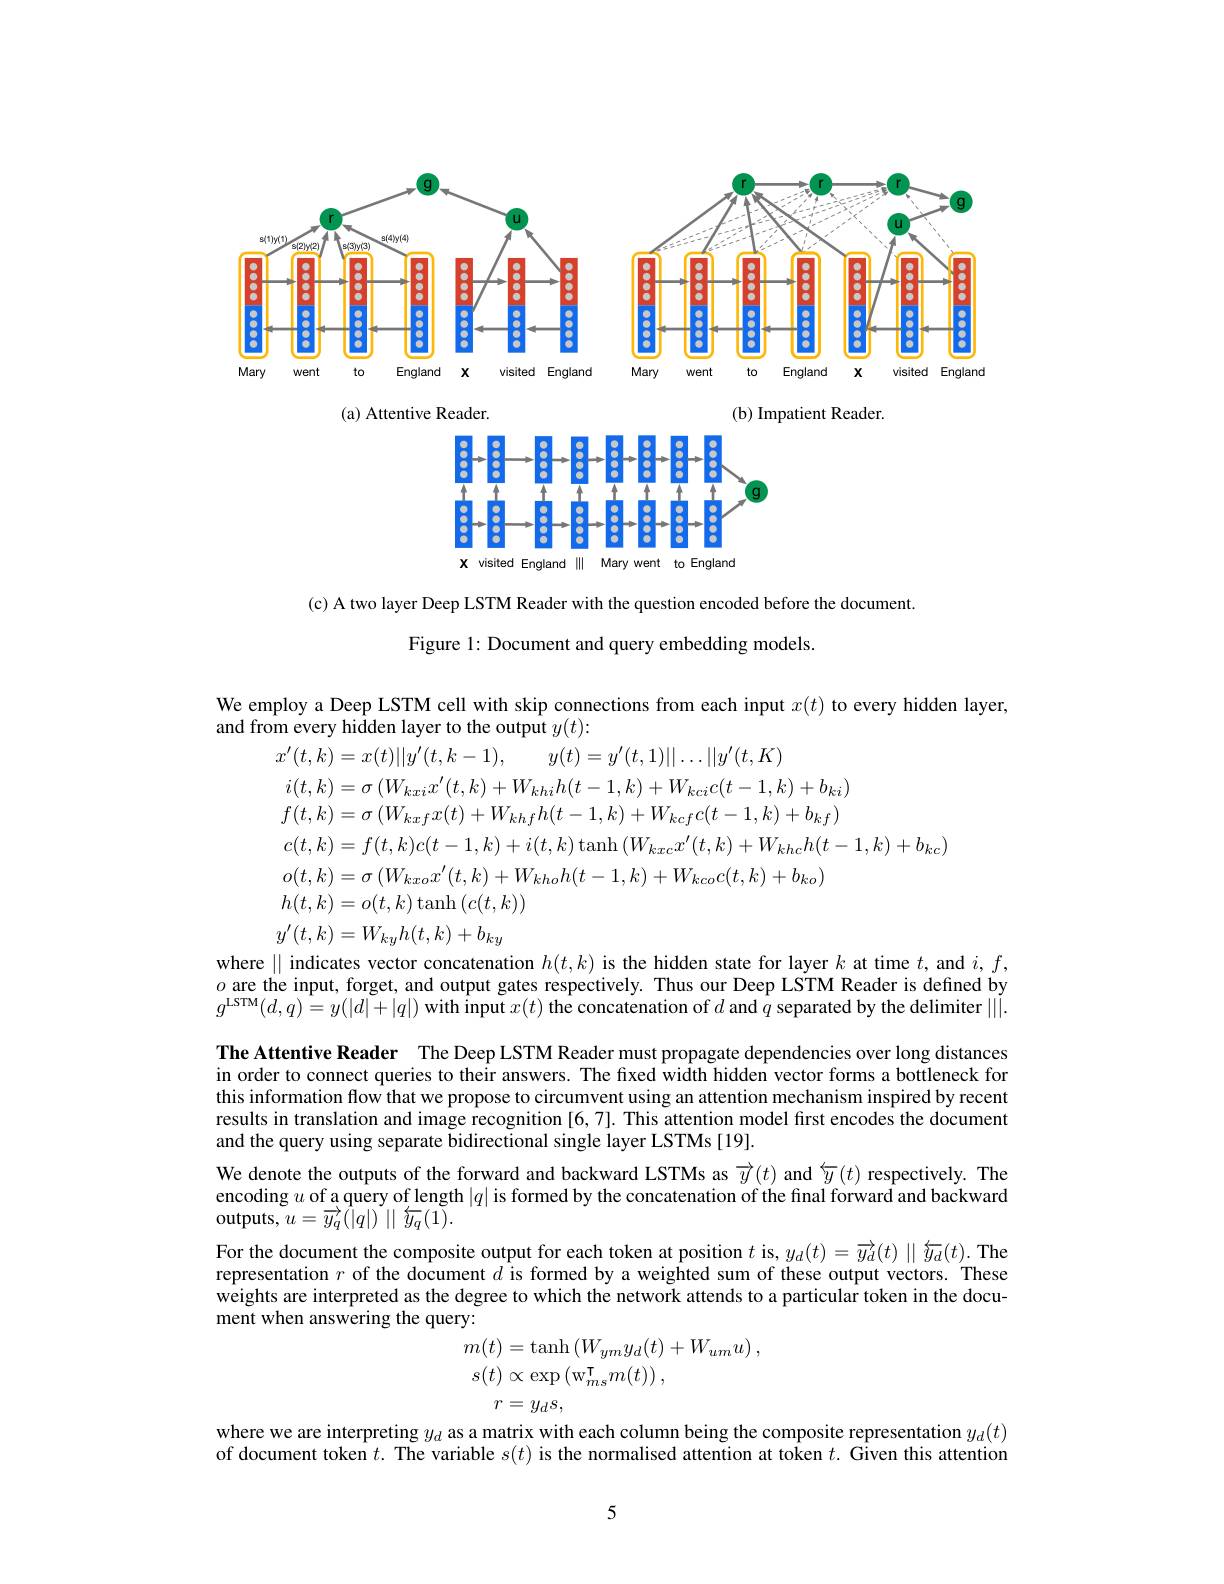
<FigureHere>

(a) Attentive Reader

(b) Impatient Reader.

<FigureHere>

(c) A two layer Deep LSTM Reader with the question encoded before the document
Figure 1: Document and query embedding models

We employ a Deep LSTM cell with skip connections from each input $x(t)$ to every hidden layer,
$$\begin{aligned}&\text{i}(t,k)=x(t)||y^{\prime}(t,k-1),\quad y(t)=y^{\prime}(t,1)||\ldots||y^{\prime}(t,K)\\&i(t,k)=\sigma\left(W_{kxc}x^{\prime}(t,k)+W_{khi}h(t-1,k)+W_{kci}c(t-1,k)+b_{ki}\right)\\&f(t,k)=\sigma\left(W_{kxf}x(t)+W_{khf}h(t-1,k)+W_{kcf}c(t-1,k)+b_{kf}\right)\\&c(t,k)=f(t,k)c(t-1,k)+i(t,k)\tanh\left(W_{kxc}x^{\prime}(t,k)+W_{khc}h(t-1,k)+b_{kc}\right)\\&o(t,k)=\sigma\left(W_{kxco}x^{\prime}(t,k)+W_{kho}h(t-1,k)+W_{kco}c(t,k)+b_{ko}\right)\\&h(t,k)=o(t,k)\tanh\left(c(t,k)\right)\\&y^{\prime}(t,k)=W_{ky}h(t,k)+b_{ky}\\&||\text{ indicates vertor concatenation }h(t,k)\text{ is the hidden state for laver }k\text{ at time }t\text{ and}\end{aligned}$$
where || indicates vector concatenation $h( t, k)$ is the hidden state for layer $k$ at time $t$, and $i, f$, $o$ are the input, forget, and output gates respectively. Thus our Deep LSTM Reader is defined by $o$ are the input, forget, and output gates $g^{\mathrm{LSTM}}(d,q)=y(|d|+|q|)$ with input $x(t)$ the concatenation of $d$ and $q$ separated by the delimiter |||. The Attentive Reader The Deep LSTM Reader must propagate dependencies over long distances in order to connect queries to their answers. The fixed width hidden vector forms a bottleneck for this information flow that we propose to circumvent using an attention mechanism inspired by recent results in translation and image recognition [6,7]. This attention model fırst encodes the document and the query using separate bidirectional single layer LSTMs [19].
We denote the outputs of the forward and backward LSTMs as $\overrightarrow{y}(t)$ and $\overleftarrow{y}(t)$ respectively. The encoding $u$ of a query of length $|q|$ is formed by the concatenation of the final forward and backward ${\mathrm{outputs, ~}u= \overrightarrow{y_{q}} ( | q| ) }^{\cdot }| |$ $\overleftarrow{y_{q}} ( 1) .$
For the document the composite output for each token at position $t$ is, $y_d(t)=\overrightarrow{y_d}(t)\mid\mid\overleftarrow{y_d}(t).$ The representation $r$ of the document $d$ is formed by a weighted sum of these output vectors. These weights are interpreted as the degree to which the network attends to a particular token in the document when answering the query:
$$\begin{aligned}m(t)&=\mathrm{tanh}\left(W_{ym}y_{d}(t)+W_{um}u\right),\\s(t)&\propto\exp\left(\mathrm{w}_{ms}^{\intercal}m(t)\right),\\r&=y_{d}s,\\\end{aligned}$$
where we are interpreting $y_d$ as a matrix with each column being the composite representation $y_d(t)$ of document token $t.$ The variable $s(t)$ is the normalised attention at token $t.$ Given this attention

5